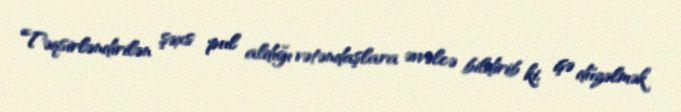
Təqsirləndirilən şəxs pul aldığı vətəndaşlara əvvəlcə bildirib ki, işə düzəlmək